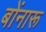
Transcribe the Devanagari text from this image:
बोंनारू